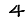
Digit: 4